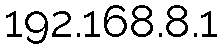
192.168.8.1